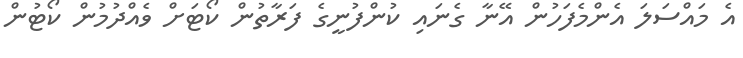
އެ މައްސަލަ އެންމެފަހުން އޭނާ ގެނައި ކުންފުނީގެ ފަރާތުން ކޯޓަށް ވެއްދުމުން ކޯޓުން